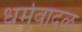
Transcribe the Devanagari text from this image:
धर्मवादळ